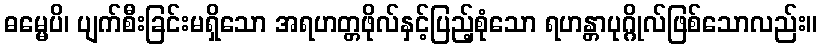
ဓမ္မေပိ၊ ပျက်စီးခြင်းမရှိသော အရဟတ္တဖိုလ်နှင့်ပြည့်စုံသော ရဟန္တာပုဂ္ဂိုလ်ဖြစ်သောလည်း။